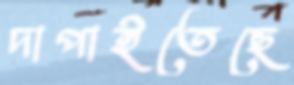
দাপাইতেছে